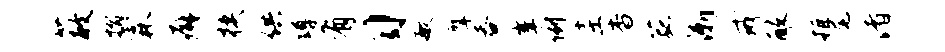
蔽摺霖癖模供蹲有习敏摩吞峰例圭杳菰渐戒醉拒尾渚